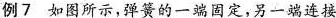
例7 如图所示，弹簧的一端固定，另一端连接